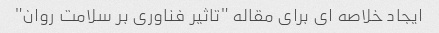
ایجاد خلاصه ای برای مقاله "تاثیر فناوری بر سلامت روان"